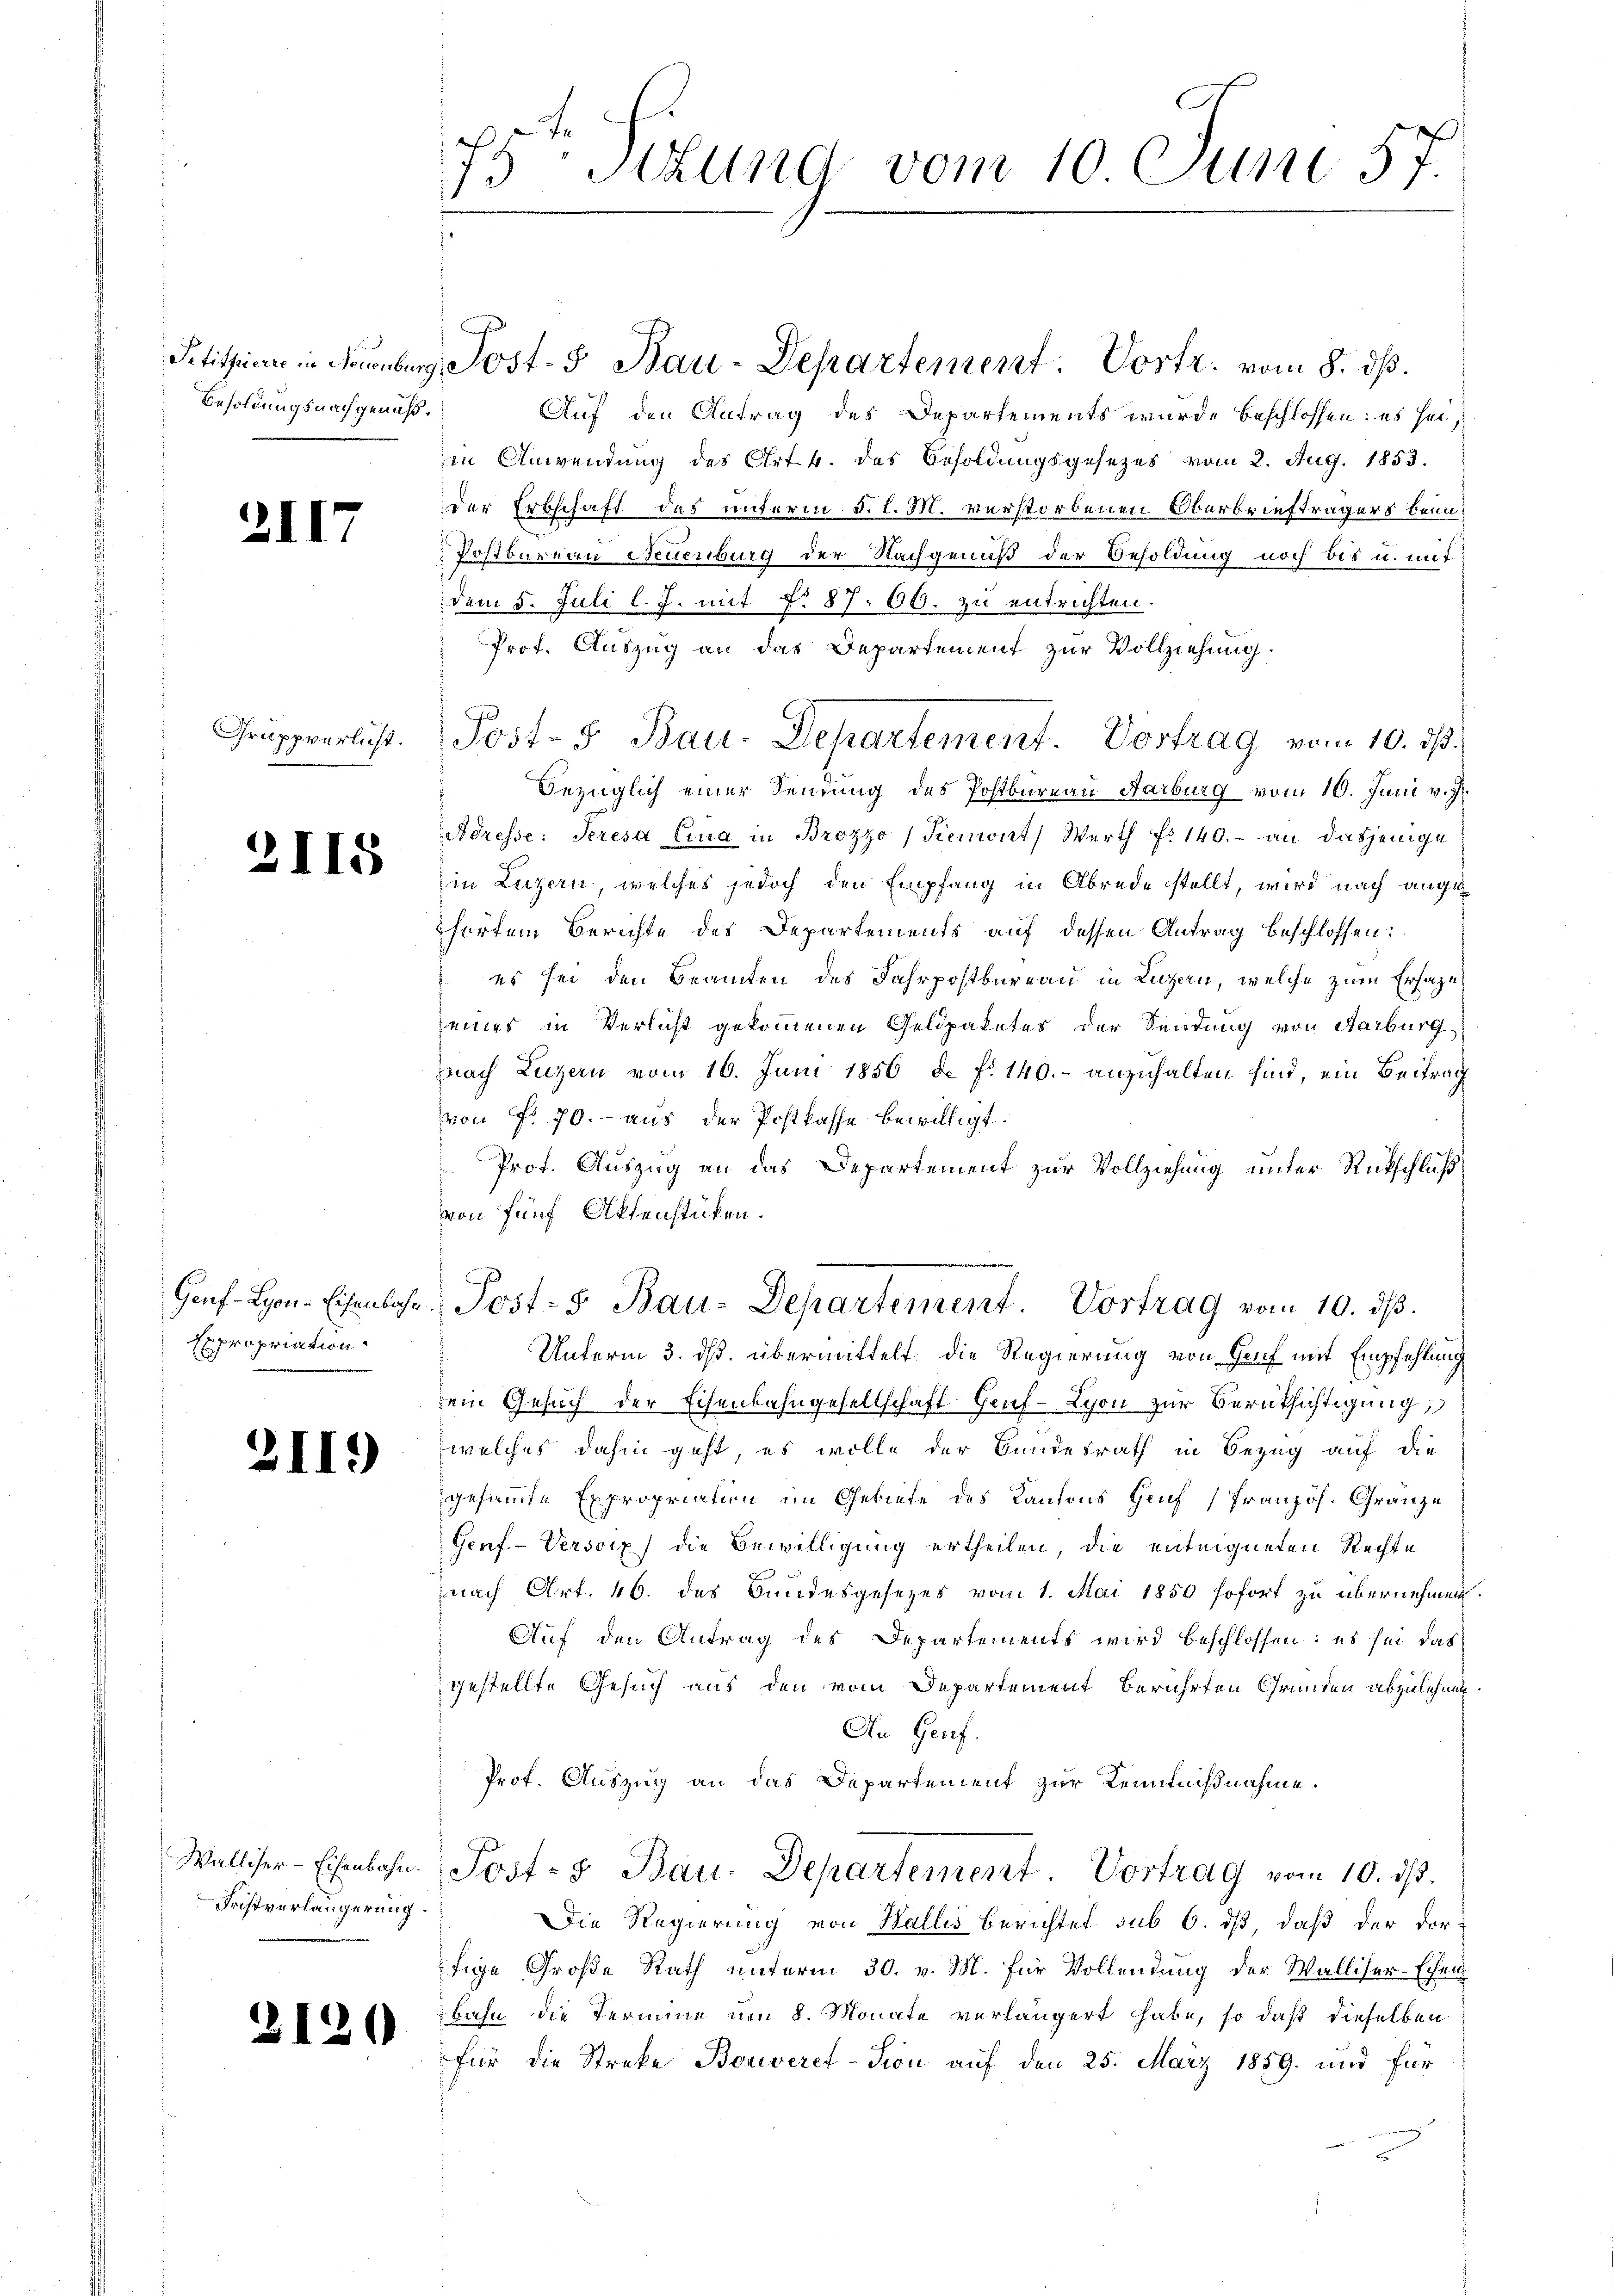
Petitpierre in Neuenburg
Besoldungsnachgenuß.

2II

Gruppverlicht.

2115

Genf -Lyon-Eisenbahn
Expropriation.

3II.)

Walliser-Eisenbahn.
Fristverlängerung

2120

da
15 Stund vom 10 Juni 57
1

Auf den Antrag des Departements wurde beschlossen: es sei,
in Anwendung des Art. 4. des Besoldungsgesezes vom 2. Aug. 1853.
der Erbschaft das unterm 5. l. M. verstorbenen Oberbriefträgers beim
Postbureau Neuenburg der Nachgenuß der Besoldung noch bis u. mit
dem 5. Juli l. J. mit §. 87. 66. zu entrichten.
Prof. Auszug an das Departement zur Vollziehung.
Bezüglich einer Sendung des Postbureau Karburg vom 10. Juni v. J.
Adresse: Seresa Lina in Brozzo / Piemont) Werth No 140.- an dasjenige
in Luzern, welches jedoch den Empfang in Abrede stellt, wird nach angehörtem Berichte des Departements auf dessen Antrag beschlossen:
es sei den Beamten des Fahrpostkureau in Luzern, welche zum Erhaze
eines in Verlicht gekommenen Geldpaketes der Sendung von Aarburg
nach Luzern vom 16. Juni 1856 d. f. 140. anzuhalten sind, ein Beitrag
von f. 70. - aus der Postkasse bewilligt.
Prot. Auszug an das Departement zur Vollziehung unter Rückschluß
von fünf Aktenstücken.
Post- 5. Bau-Departement. Vortrag vom 10. dβ.
Unterm 3. ds. übermittelt die Regierung von Genf mit Empfehlung
sein Gesuch der Eisenbahngesellschaft Hanf- Lyon zur Berücksichtigung,
welches dahin geht, es wolle der Bundesrath in Bezug auf die
gesammte Expropriation im Gebiete des Kantons Genf (Französ. Gränze
Gerf-Versocz) die Bewilligung ertheilen, die enteigneten Rechte
nach Art. 46. des Bundesgesezes vom 1. Mai 1850 sofort zu übernehmen.
Auf den Antrag des Departements wird beschlossen: es sei das
gestellte Gesuch aus den vom Departement berührten Grunden abzulehnen
An Genf.
Prot. Auszug an das Departement zur Kenntnißnahme.
Post- & Bau- Departement. Vortrag vom 10. ds.
Die Regierung von Wallis Berichtet sub 6. ds, daß der dorfige Große Rath unterm 30. v. M. für Vollendung der Walliser Ehen
bahn die Termine von 8. Monate verlängert habe, so daß dieselben
für die Streke Bouveret-Tion auf den 25. März 1859 und für

Post.5 Bau-Departement. Vortr. vom 8. dß.

Post- 5. Bau-Departement. Vortrag vom 10. ds.